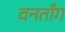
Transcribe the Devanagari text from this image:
वनताँग